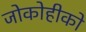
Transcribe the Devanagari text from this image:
जोकोहीको